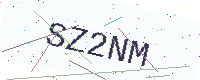
Text: SZ2NM